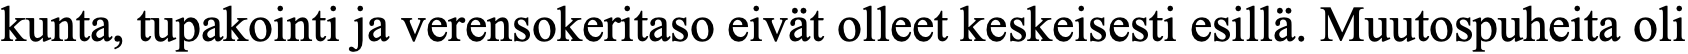
kunta, tupakointi ja verensokeritaso eivät olleet keskeisesti esillä. Muutospuheita oli